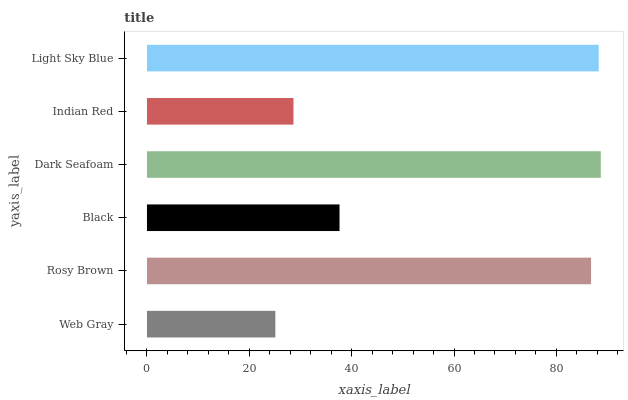
| yaxis_label | bars |
 | --- | --- |
 | Web Gray | 25.1 |
 | Rosy Brown | 86.8 |
 | Black | 37.6 |
 | Dark Seafoam | 88.7 |
 | Indian Red | 28.6 |
 | Light Sky Blue | 88.3 |